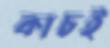
কাচই